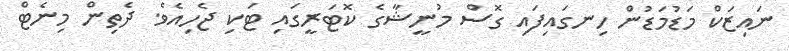
ނައިޒަކް މަޑުމަޑުން ހިނގައިފައި ގޮސް މުނީޝާގެ ކޮޓަރީގައި ޓަކި ޖެހިއެވެ. ދެތިން މިނެޓް